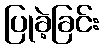
ပြုခဲ့ခြင်း